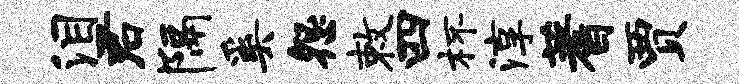
泪君隔奚怨敕四杯淳蓍贾